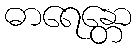
ဓာရေန္တော